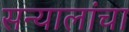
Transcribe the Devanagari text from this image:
सन्यालांचा